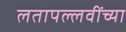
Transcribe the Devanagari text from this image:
लतापल्लवींच्या